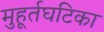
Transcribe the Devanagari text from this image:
मुहूर्तघटिका